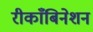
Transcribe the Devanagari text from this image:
रीकाँबिनेशन